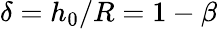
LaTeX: \delta=h_{0}/R=1-\beta